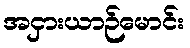
အငှားယာဉ်မောင်း